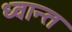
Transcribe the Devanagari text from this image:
ध्वान्त